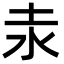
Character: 𡉺